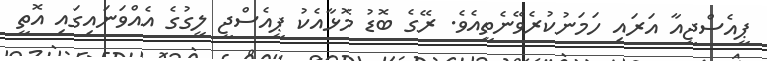
ޕީއެސްޖީއާ އަރައި ހަމަނުކުރެވޭނެތީއެވެ. ރޭގެ ބޮޑު މޮޅާއެކު ޕީއެސްޖީ ލީގުގެ އެއްވަނައިގައި އޮތީ